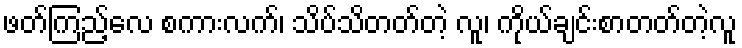
ဖတ်ကြည့်လေ စကားလက်၊ သိပ်သိတတ်တဲ့ လူ၊ ကိုယ်ချင်းစာတတ်တဲ့လူ